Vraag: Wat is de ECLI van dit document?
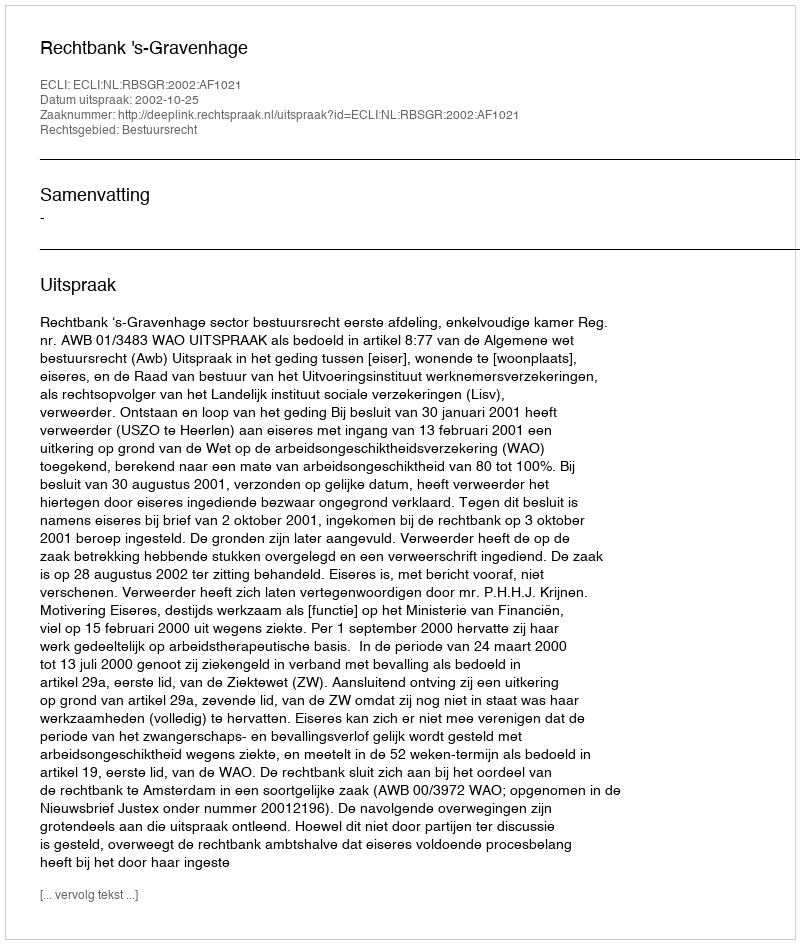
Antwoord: ECLI:NL:RBSGR:2002:AF1021